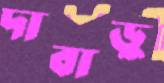
দাবাড়ু